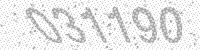
Solution: 031190